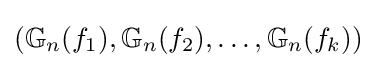
(\mathbb {G} _{n}(f_{1}),\mathbb {G} _{n}(f_{2}),\dots ,\mathbb {G} _{n}(f_{k}))